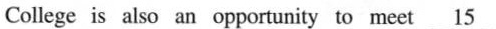
College is also an opportunity to meet